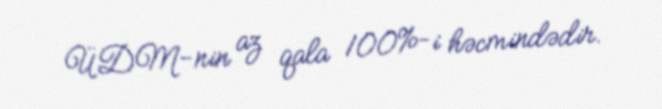
ÜDM-nin az qala 100%-i həcmindədir.